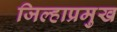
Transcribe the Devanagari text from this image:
जिल्हाप्रमुख